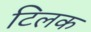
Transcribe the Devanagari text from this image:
टिलक